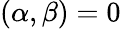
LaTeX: (\alpha,\beta)=0